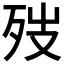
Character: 𪵁